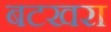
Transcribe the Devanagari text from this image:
बटखरा